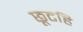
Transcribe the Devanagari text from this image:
छूटहि